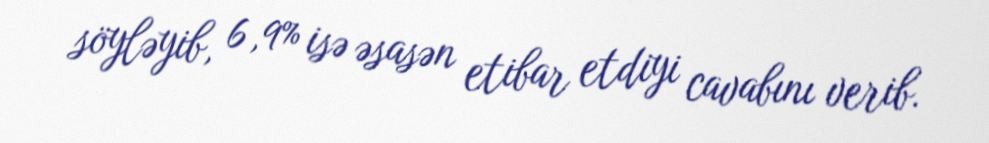
söyləyib, 6,9% isə əsasən etibar etdiyi cavabını verib.